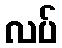
လပ်